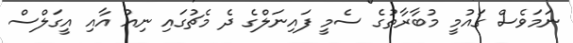
ނަމަވެސް ގައުމީ މުބާރާތުގެ ސެމީ ފައިނަލްގެ ދެ މެޗުގައި ނިއު އާއި އީގަލްސް